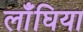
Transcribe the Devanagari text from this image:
लाँघिया